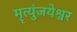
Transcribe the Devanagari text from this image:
मॄत्युंजयेश्वर